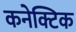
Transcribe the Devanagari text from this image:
कनेक्टिक